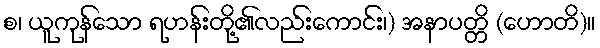
စ၊ ယူကုန်သော ရဟန်းတို့၏လည်းကောင်း၊) အနာပတ္တိ (ဟောတိ)။